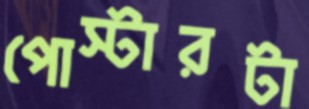
পোস্টারটা